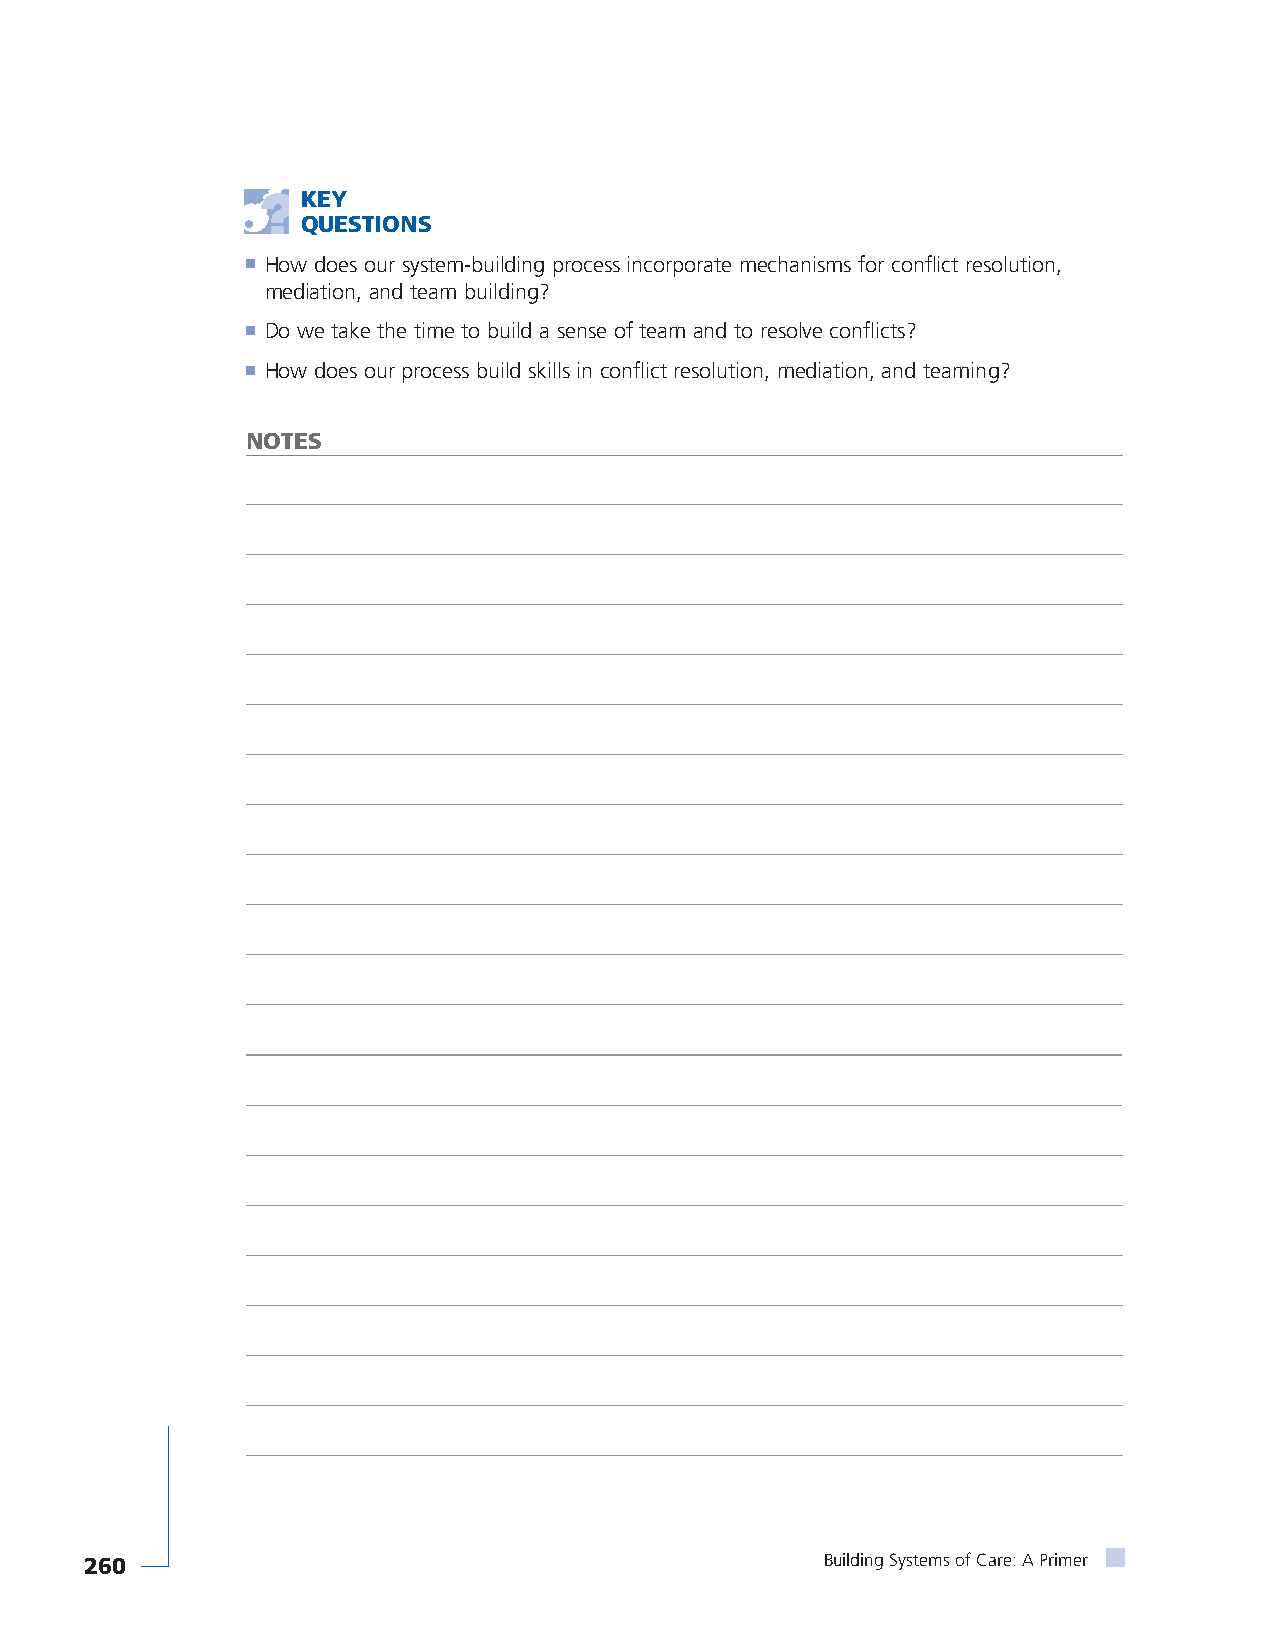
KEY
 QUESTIONS
 ■ How does our system-building process incorporate mechanisms for conflict resolution,
 mediation, and team building?
 ■ Do we take the time to build a sense of team and to resolve conflicts?
 ■ How does our process build skills in conflict resolution, mediation, and teaming?
 NOTES
 260                                              Building Systems of Care: A Primer